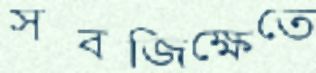
সবজিক্ষেতে